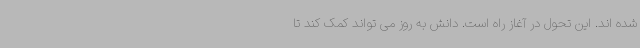
شده اند. این تحول در آغاز راه است. دانش به روز می تواند کمک کند تا